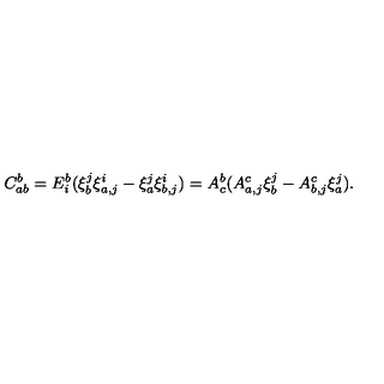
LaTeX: C _ { a b } ^ { b } = E _ { i } ^ { b } ( \xi _ { b } ^ { j } \xi _ { a , j } ^ { i } - \xi _ { a } ^ { j } \xi _ { b , j } ^ { i } ) = A _ { c } ^ { b } ( A _ { a , j } ^ { c } \xi _ { b } ^ { j } - A _ { b , j } ^ { c } \xi _ { a } ^ { j } ) .